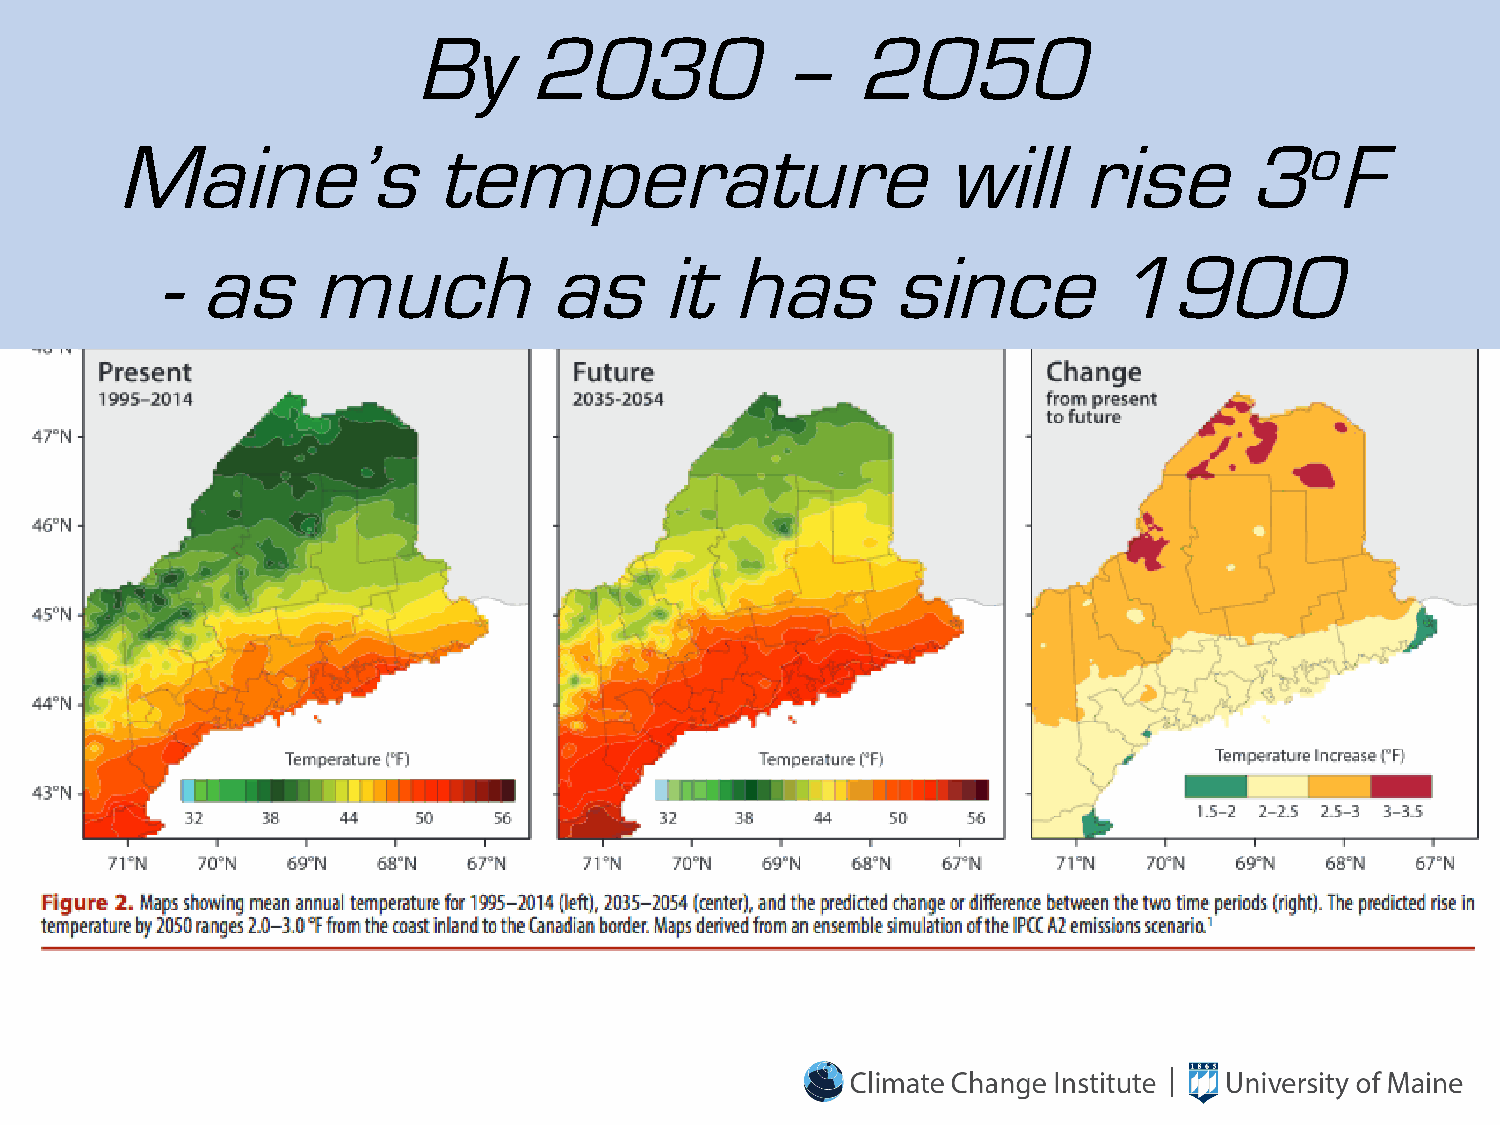
By      2030            –     2050
 Maine’s              temperature                      will     rise       3oF
 -  as      much           as      it  has        since          1900